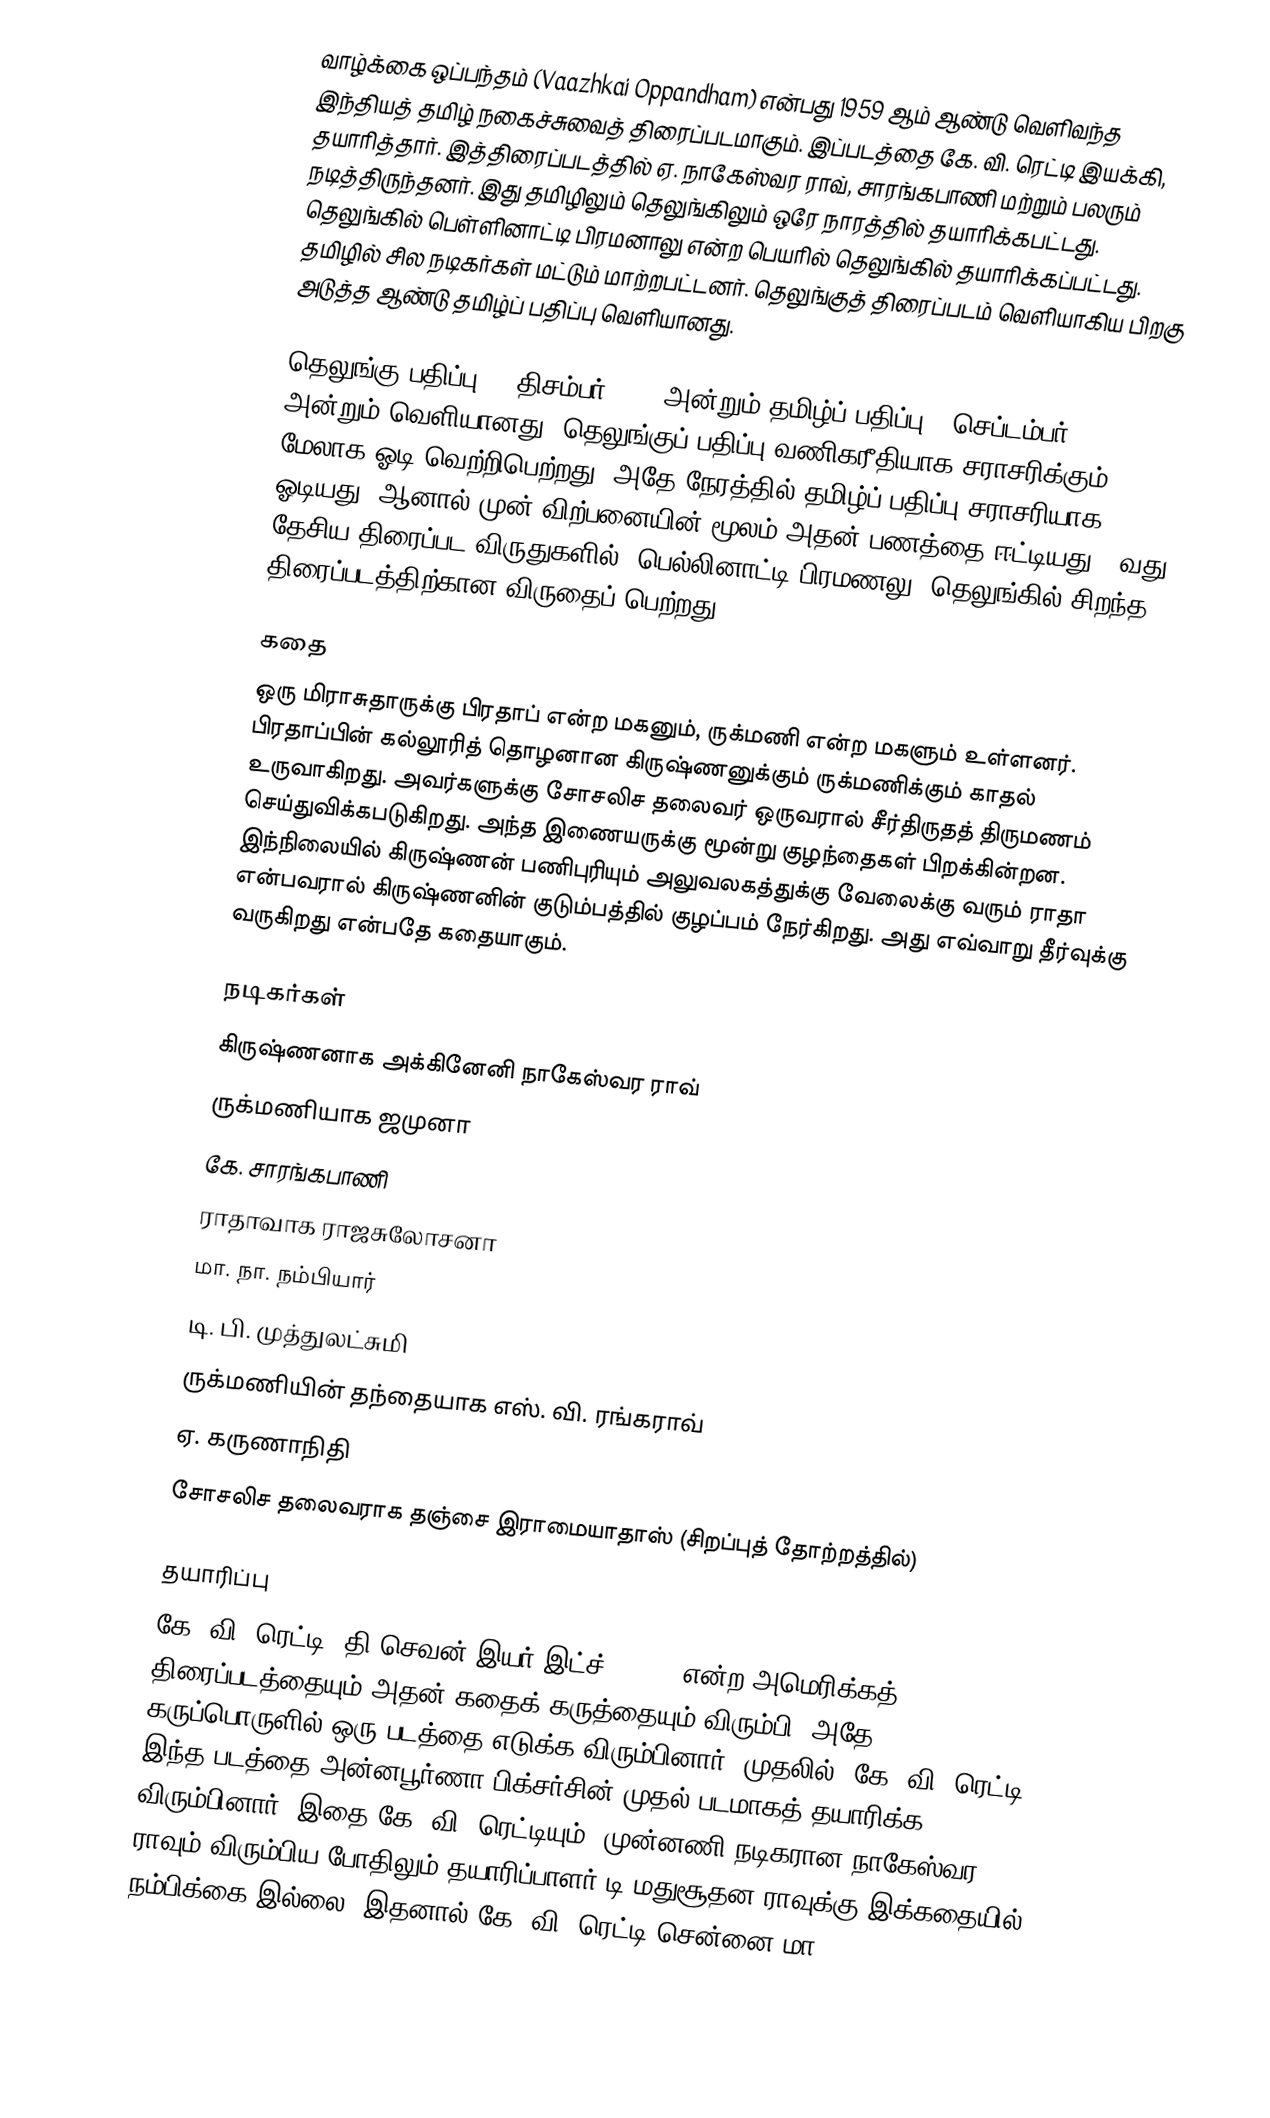
வாழ்க்கை ஒப்பந்தம் (Vaazhkai Oppandham) என்பது 1959 ஆம் ஆண்டு வெளிவந்த இந்தியத் தமிழ் நகைச்சுவைத் திரைப்படமாகும். இப்படத்தை கே. வி. ரெட்டி இயக்கி, தயாரித்தார்.   இத்திரைப்படத்தில் ஏ. நாகேஸ்வர ராவ், சாரங்கபாணி மற்றும் பலரும் நடித்திருந்தனர். இது தமிழிலும் தெலுங்கிலும் ஒரே நாரத்தில் தயாரிக்கபட்டது. தெலுங்கில் பெள்ளினாட்டி பிரமனாலு என்ற பெயரில் தெலுங்கில் தயாரிக்கப்பட்டது. தமிழில் சில நடிகர்கள் மட்டும் மாற்றபட்டனர். தெலுங்குத் திரைப்படம் வெளியாகிய பிறகு அடுத்த ஆண்டு தமிழ்ப் பதிப்பு வெளியானது.

தெலுங்கு பதிப்பு 12 திசம்பர் 1958 அன்றும் தமிழ்ப் பதிப்பு 4 செப்டம்பர் 1959 அன்றும் வெளியானது. தெலுங்குப் பதிப்பு வணிகரீதியாக சராசரிக்கும் மேலாக ஓடி வெற்றிபெற்றது. அதே நேரத்தில் தமிழ்ப் பதிப்பு சராசரியாக ஓடியது. ஆனால் முன் விற்பனையின் மூலம் அதன் பணத்தை ஈட்டியது. 6வது தேசிய திரைப்பட விருதுகளில், பெல்லினாட்டி பிரமணலு, தெலுங்கில் சிறந்த திரைப்படத்திற்கான விருதைப் பெற்றது.

கதை
ஒரு மிராசுதாருக்கு பிரதாப் என்ற மகனும், ருக்மணி என்ற மகளும் உள்ளனர். பிரதாப்பின் கல்லூரித் தொழனான கிருஷ்ணனுக்கும் ருக்மணிக்கும் காதல் உருவாகிறது. அவர்களுக்கு சோசலிச தலைவர் ஒருவரால் சீர்திருதத் திருமணம் செய்துவிக்கபடுகிறது. அந்த இணையருக்கு மூன்று குழந்தைகள் பிறக்கின்றன. இந்நிலையில் கிருஷ்ணன் பணிபுரியும் அலுவலகத்துக்கு வேலைக்கு வரும் ராதா என்பவரால் கிருஷ்ணனின் குடும்பத்தில் குழப்பம் நேர்கிறது. அது எவ்வாறு தீர்வுக்கு வருகிறது என்பதே கதையாகும்.

நடிகர்கள்
கிருஷ்ணனாக அக்கினேனி நாகேஸ்வர ராவ்
ருக்மணியாக ஜமுனா
கே. சாரங்கபாணி
ராதாவாக ராஜசுலோசனா
மா. நா. நம்பியார்
டி. பி. முத்துலட்சுமி
ருக்மணியின் தந்தையாக எஸ். வி. ரங்கராவ்
ஏ. கருணாநிதி
சோசலிச தலைவராக தஞ்சை இராமையாதாஸ் (சிறப்புத் தோற்றத்தில்)

தயாரிப்பு
கே. வி. ரெட்டி, தி செவன் இயர் இட்ச் (1955) என்ற அமெரிக்கத் திரைப்படத்தையும் அதன் கதைக் கருத்தையும் விரும்பி, அதே கருப்பொருளில் ஒரு படத்தை எடுக்க விரும்பினார். முதலில், கே. வி. ரெட்டி இந்த படத்தை அன்னபூர்ணா பிக்சர்சின் முதல் படமாகத் தயாரிக்க விரும்பினார். இதை கே. வி. ரெட்டியும், முன்னணி நடிகரான நாகேஸ்வர ராவும் விரும்பிய போதிலும் தயாரிப்பாளர் டி மதுசூதன ராவுக்கு இக்கதையில் நம்பிக்கை இல்லை. இதனால் கே. வி. ரெட்டி சென்னை மா